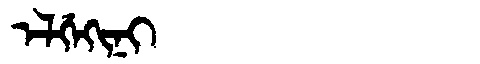
Manchu: ᡝᠯᡤᡝᡴᡳᠨᡳ
Romanization: ELGEKINI